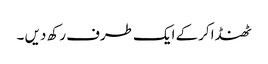
ٹھنڈا کرکے ایک طرف رکھ دیں ۔